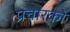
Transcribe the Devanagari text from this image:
प्रचारको